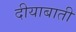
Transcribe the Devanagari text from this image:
दीयाबाती